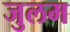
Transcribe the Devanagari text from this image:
जुलम